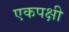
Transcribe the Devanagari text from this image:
एकपक्षी